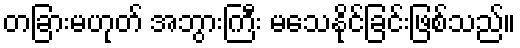
တခြားမဟုတ် အဘွားကြီး မသေနိုင်ခြင်းဖြစ်သည်။